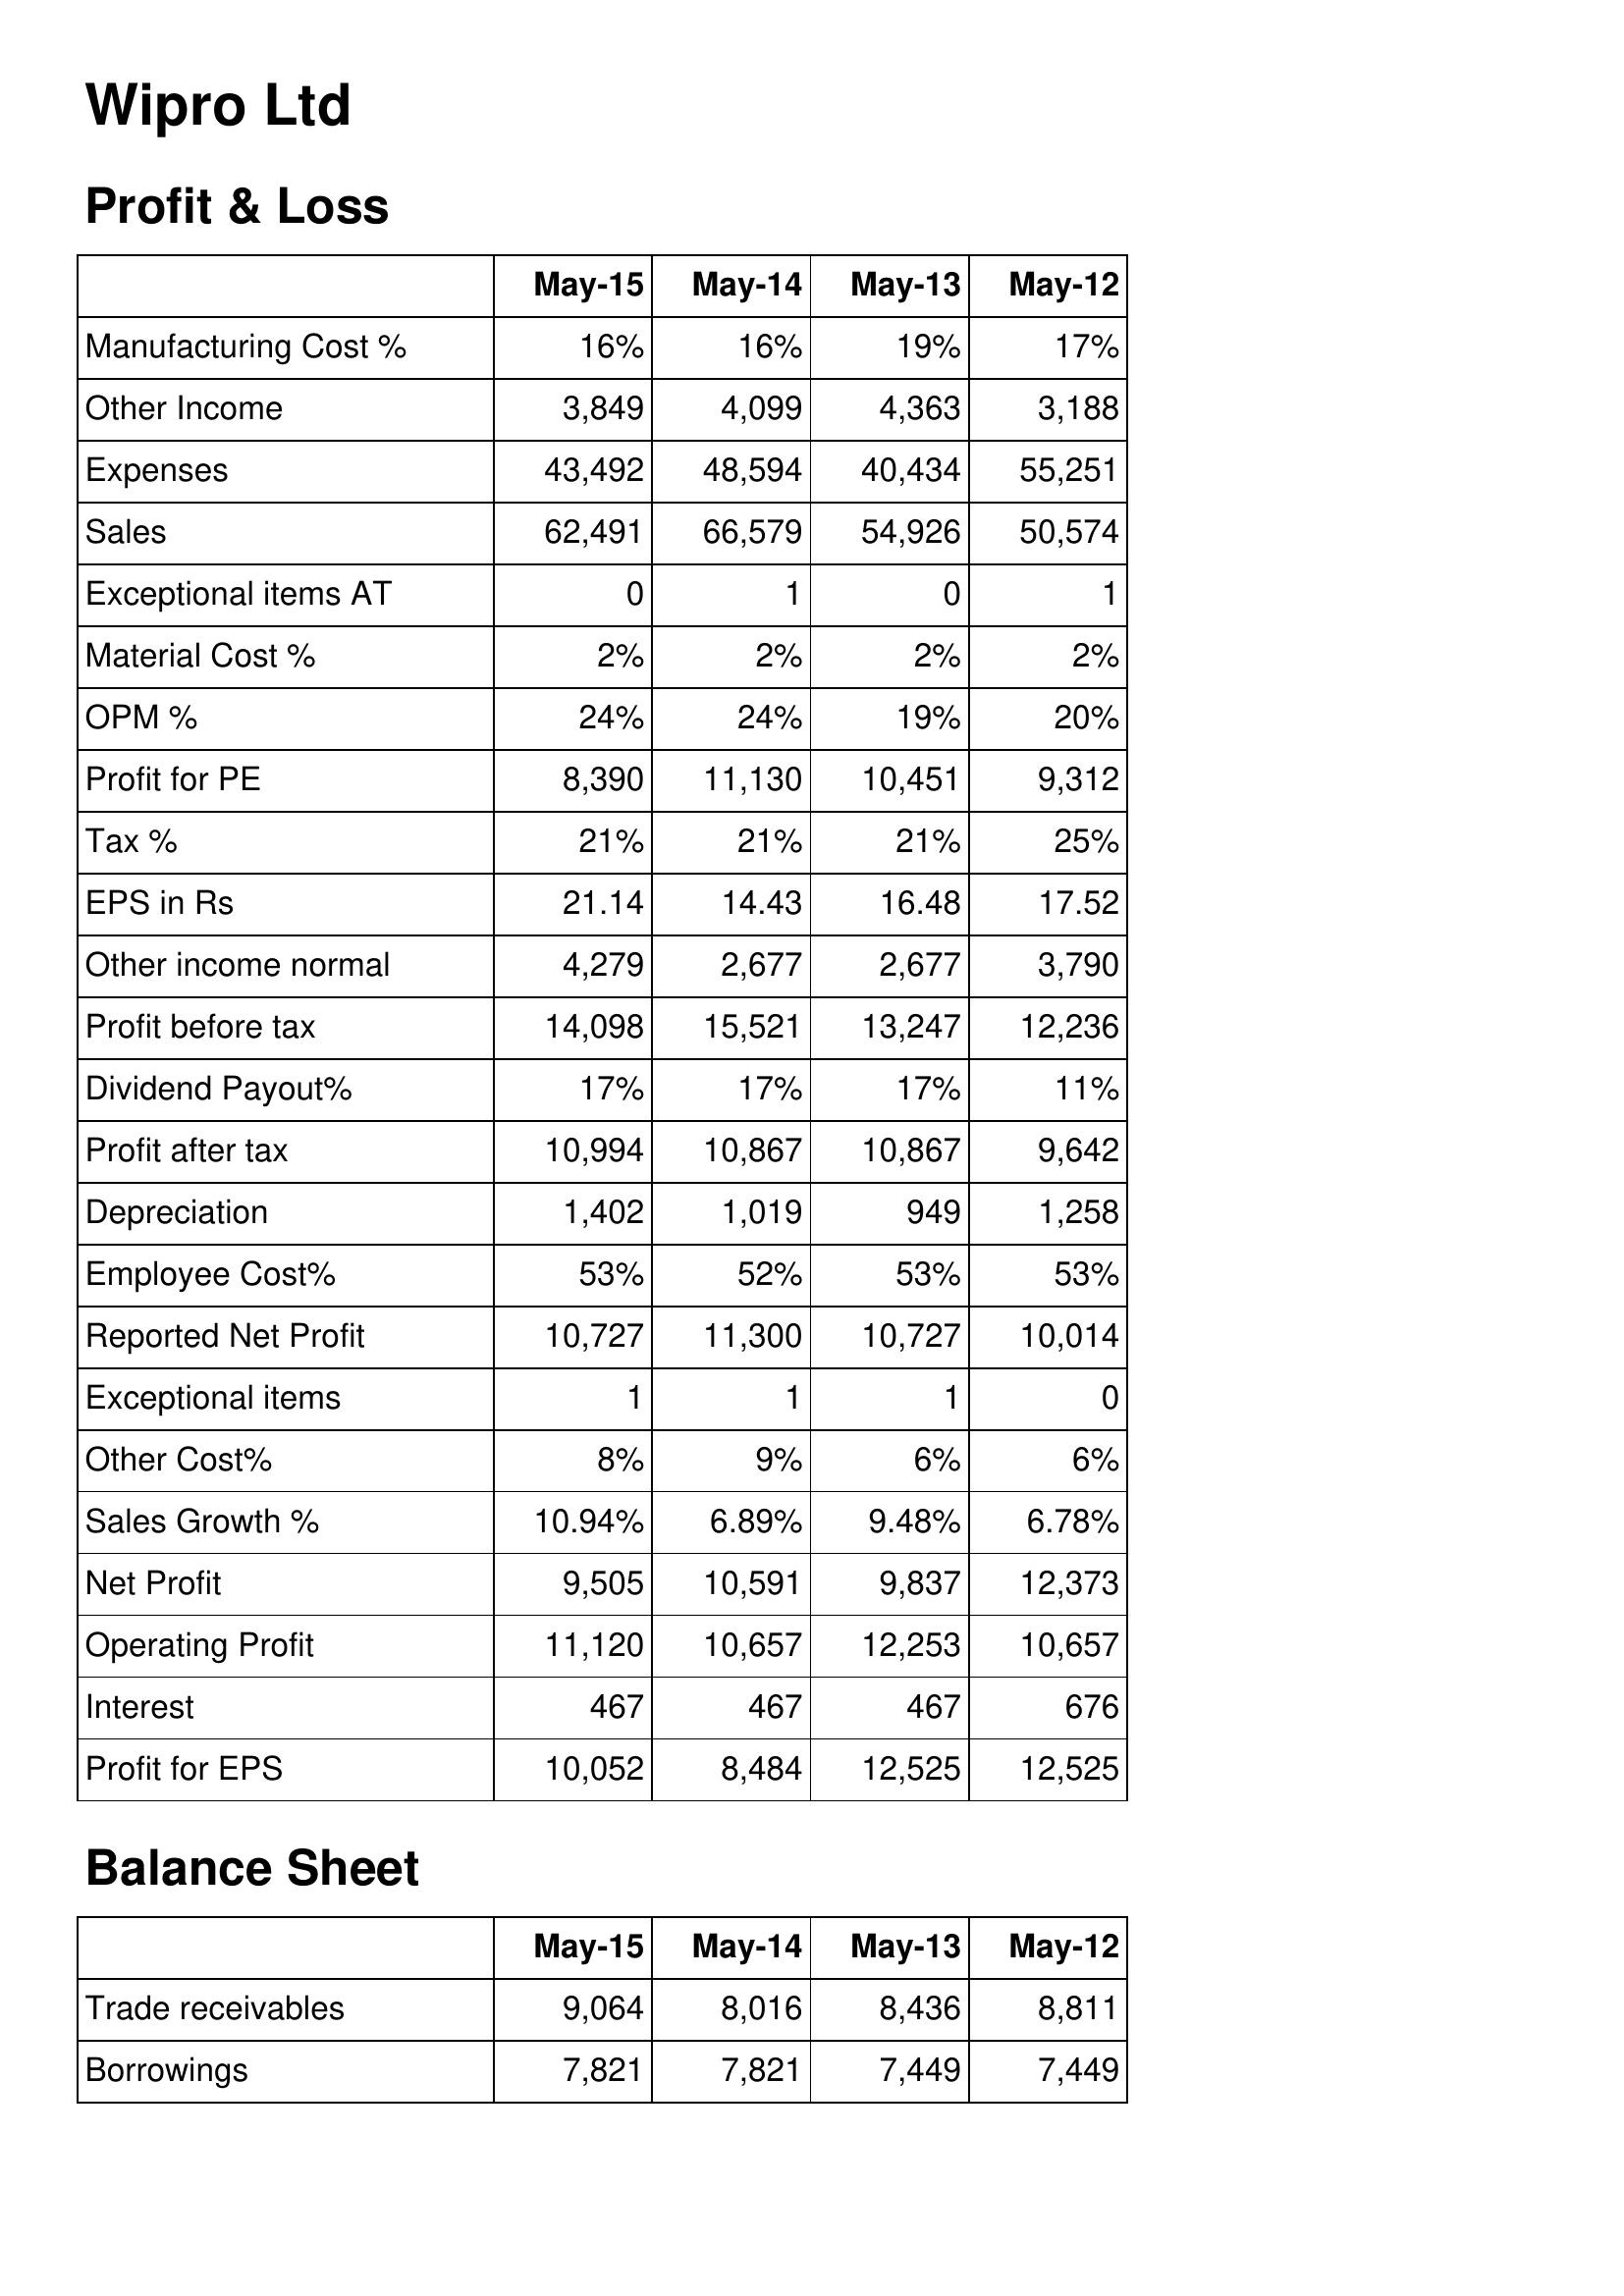
May-15: Profit & Loss: Manufacturing Cost %: 16%
Other Income: 3,849
Expenses: 43,492
Sales: 62,491
Exceptional items AT: 0
Material Cost %: 2%
OPM %: 24%
Profit for PE: 8,390
Tax %: 21%
EPS in Rs: 21.14
Other income normal: 4,279
Profit before tax: 14,098
Dividend Payout%: 17%
Profit after tax: 10,994
Depreciation: 1,402
Employee Cost%: 53%
Reported Net Profit: 10,727
Exceptional items: 1
Other Cost%: 8%
Sales Growth %: 10.94%
Net Profit: 9,505
Operating Profit: 11,120
Interest: 467
Profit for EPS: 10,052
Balance Sheet: Trade receivables: 9,064
Borrowings: 7,821
May-14: Profit & Loss: Manufacturing Cost %: 16%
Other Income: 4,099
Expenses: 48,594
Sales: 66,579
Exceptional items AT: 1
Material Cost %: 2%
OPM %: 24%
Profit for PE: 11,130
Tax %: 21%
EPS in Rs: 14.43
Other income normal: 2,677
Profit before tax: 15,521
Dividend Payout%: 17%
Profit after tax: 10,867
Depreciation: 1,019
Employee Cost%: 52%
Reported Net Profit: 11,300
Exceptional items: 1
Other Cost%: 9%
Sales Growth %: 6.89%
Net Profit: 10,591
Operating Profit: 10,657
Interest: 467
Profit for EPS: 8,484
Balance Sheet: Trade receivables: 8,016
Borrowings: 7,821
May-13: Profit & Loss: Manufacturing Cost %: 19%
Other Income: 4,363
Expenses: 40,434
Sales: 54,926
Exceptional items AT: 0
Material Cost %: 2%
OPM %: 19%
Profit for PE: 10,451
Tax %: 21%
EPS in Rs: 16.48
Other income normal: 2,677
Profit before tax: 13,247
Dividend Payout%: 17%
Profit after tax: 10,867
Depreciation: 949
Employee Cost%: 53%
Reported Net Profit: 10,727
Exceptional items: 1
Other Cost%: 6%
Sales Growth %: 9.48%
Net Profit: 9,837
Operating Profit: 12,253
Interest: 467
Profit for EPS: 12,525
Balance Sheet: Trade receivables: 8,436
Borrowings: 7,449
May-12: Profit & Loss: Manufacturing Cost %: 17%
Other Income: 3,188
Expenses: 55,251
Sales: 50,574
Exceptional items AT: 1
Material Cost %: 2%
OPM %: 20%
Profit for PE: 9,312
Tax %: 25%
EPS in Rs: 17.52
Other income normal: 3,790
Profit before tax: 12,236
Dividend Payout%: 11%
Profit after tax: 9,642
Depreciation: 1,258
Employee Cost%: 53%
Reported Net Profit: 10,014
Exceptional items: 0
Other Cost%: 6%
Sales Growth %: 6.78%
Net Profit: 12,373
Operating Profit: 10,657
Interest: 676
Profit for EPS: 12,525
Balance Sheet: Trade receivables: 8,811
Borrowings: 7,449